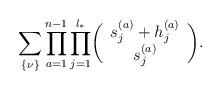
LaTeX: \begin{align*}\sum_{\{\nu\}}\prod_{a=1}^{n-1}\prod_{j=1}^{l_*} \biggl(\begin{array}{c}s_j^{(a)}+h_j^{(a)}\\s_j^{(a)}\end{array}\biggr).\end{align*}